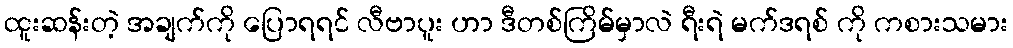
ထူးဆန်းတဲ့ အချက်ကို ပြောရရင် လီဗာပူး ဟာ ဒီတစ်ကြိမ်မှာလဲ ရီးရဲ မက်ဒရစ် ကို ကစားသမား